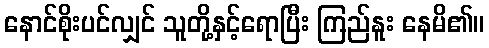
နောင်စိုးပင်လျှင် သူတို့နှင့်ရောပြီး ကြည်နူး နေမိ၏။